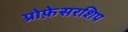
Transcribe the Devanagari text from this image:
प्रोफ़ेसरशिप